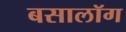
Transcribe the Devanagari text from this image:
बसालॉग